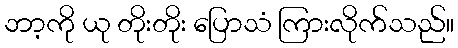
ဘာ့ကို ယု တိုးတိုး ပြောသံ ကြားလိုက်သည်။